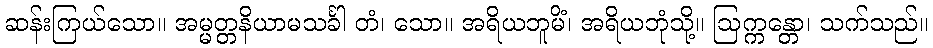
ဆန်းကြယ်သော။ အမ္မတ္တနိယာမသင်္ခါ တံ၊ သော။ အရိယဘူမိံ၊ အရိယဘုံသို့။ ဩက္ကန္တော၊ သက်သည်။